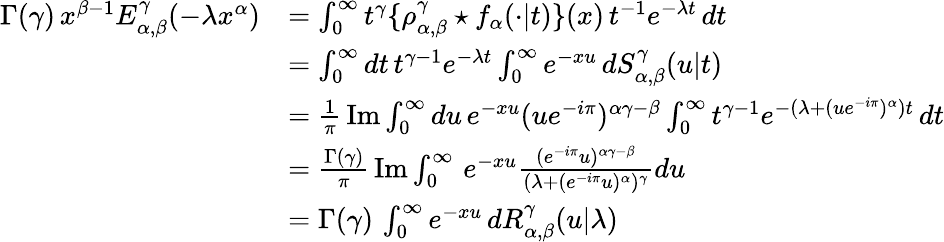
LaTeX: \begin{array}{rl}{\Gamma(\gamma)\, x^{\beta-1}E_{\alpha,\beta}^{\gamma}(-\lambda x^{\alpha})}&{=\int_{0}^{\infty}t^{\gamma}\{ \rho_{\alpha,\beta}^{\gamma}\star f_{\alpha}(\cdot\vert t)\} (x)\, t^{-1}e^{-\lambda t}\, dt}\\ &{=\int_{0}^{\infty}dt\, t^{\gamma-1}e^{-\lambda t}\int_{0}^{\infty}e^{-xu}\, dS_{\alpha,\beta}^{\gamma}(u\vert t)}\\ &{=\frac{1}{\pi}\, \mathrm{Im}\int_{0}^{\infty}du\, e^{-xu}(ue^{-i\pi})^{\alpha\gamma-\beta}\int_{0}^{\infty}t^{\gamma-1}e^{-(\lambda+(ue^{-i\pi})^{\alpha})t}\, dt}\\ &{=\frac{\Gamma(\gamma)}{\pi}\, \mathrm{Im}\int_{0}^{\infty}\, e^{-xu}\frac{(e^{-i\pi}u)^{\alpha\gamma-\beta}}{(\lambda+(e^{-i\pi}u)^{\alpha})^{\gamma}}du}\\ &{=\Gamma(\gamma)\, \int_{0}^{\infty}e^{-xu}\, dR_{\alpha,\beta}^{\gamma}(u\vert\lambda)}\end{array}